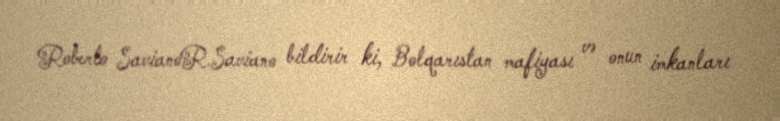
Roberto SavianoR.Saviano bildirir ki, Bolqarıstan mafiyası və onun imkanları